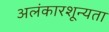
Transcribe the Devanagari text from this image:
अलंकारशून्यता